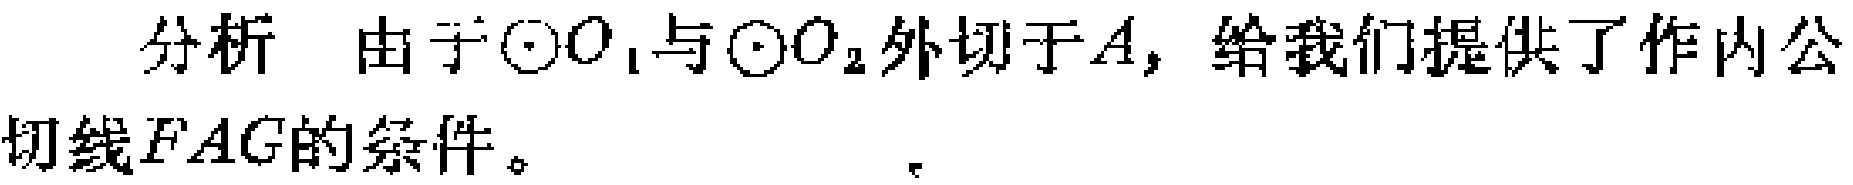
分析 由于$\odot O_{1}$与$\odot O_{2}$外切于$A$，给我们提供了作内公切线$FAG$的条件。